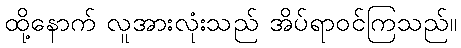
ထို့နောက် လူအားလုံးသည် အိပ်ရာဝင်ကြသည်။